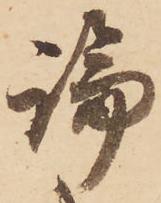
論